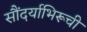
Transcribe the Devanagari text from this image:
सौंदर्याभिरूची